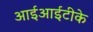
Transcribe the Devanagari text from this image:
आईआईटीके